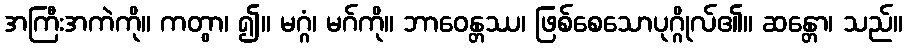
အကြီးအကဲကို။ ကတွာ၊ ၍။ မဂ္ဂံ၊ မဂ်ကို။ ဘာဝေန္တဿ၊ ဖြစ်စေသောပုဂ္ဂိုလ်၏။ ဆန္တော၊ သည်။